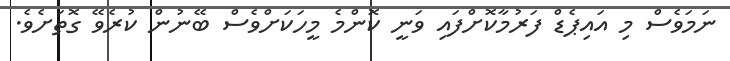
ނަމަވެސް މި އައިޕެޑް ފަރުމާކޮށްފައި ވަނީ ކޮންމެ މީހަކަށްވެސް ބޭނުން ކުރެވޭ ގޮތަށެވެ.